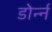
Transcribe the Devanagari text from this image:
डोर्न्न